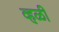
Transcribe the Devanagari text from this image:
व्हळी